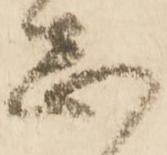
志